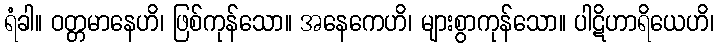
ရံခါ။ ဝတ္တမာနေဟိ၊ ဖြစ်ကုန်သော။ အနေကေဟိ၊ များစွာကုန်သော။ ပါဋိဟာရိယေဟိ၊